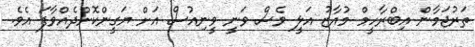
ތަރުޖަމާން އިބްރާހީމް މުއާޒު އަލީ ވެސް ވަނީ ވީނިއުސް އަށް ޔަގީންކޮށްދެއްވާފަ އެވެ.